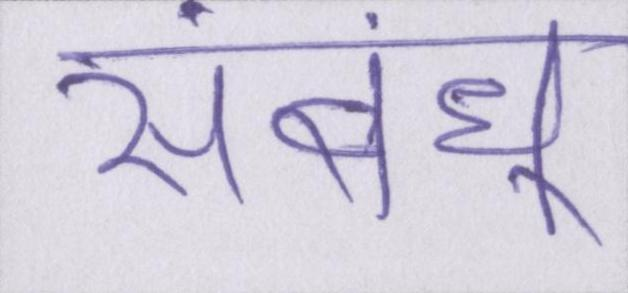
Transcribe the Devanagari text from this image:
संबंध्